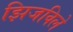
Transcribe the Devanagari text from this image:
झिजविले